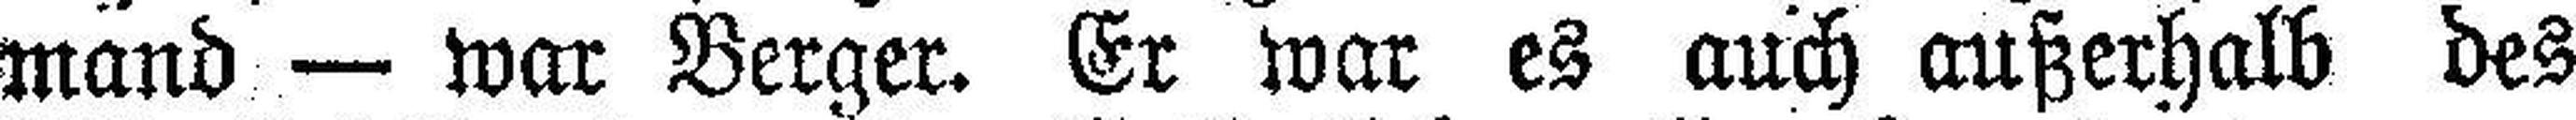
mand — war Berger. Er war es auch außerhalb des